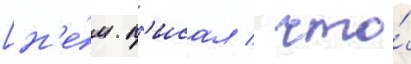
[н'е́м. п'исал / что́